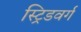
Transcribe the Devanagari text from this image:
स्ट्रिडवर्ग